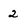
Character: 2